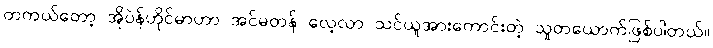
တကယ်တော့ အိုပဲန်ဟိုင်မာဟာ အင်မတန် လေ့လာ သင်ယူအားကောင်းတဲ့ သူတယောက်ဖြစ်ပါတယ်။